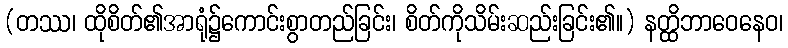
(တဿ၊ ထိုစိတ်၏အာရုံ၌ကောင်းစွာတည်ခြင်း၊ စိတ်ကိုသိမ်းဆည်းခြင်း၏။) နတ္ထိဘာဝေနေဝ၊